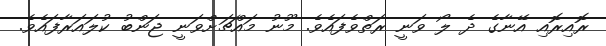
ރޮއިރޮއި އޭނާގެ ދެ ލޯ ވަނީ ރަތްވެފައެވެ. މޫނު މައްޗަށްވަނީ ޖަންބު ކުލައަރާފައެވެ.